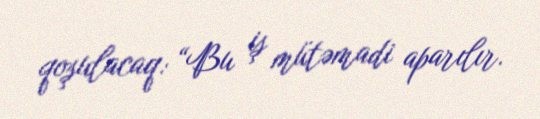
qoşulacaq: “Bu iş mütəmadi aparılır.